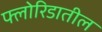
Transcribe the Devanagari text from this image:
फ्लोरिडातील